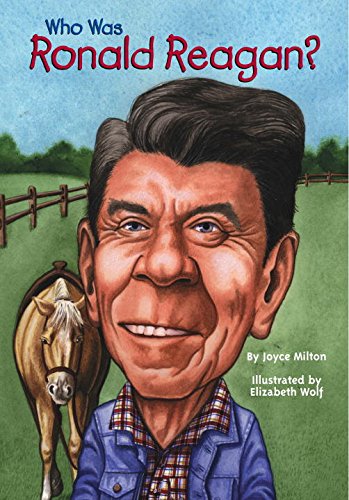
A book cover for Who Was Ronald Reagan?; Joyce Milton; Children's Books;